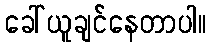
ခေါ်ယူချင်နေတာပါ။